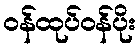
ဝန်ထုပ်ဝန်ပိုး